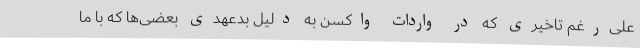
علی‌رغم تاخیری که در واردات واکسن به دلیل بدعهدی بعضی‌ها که با ما